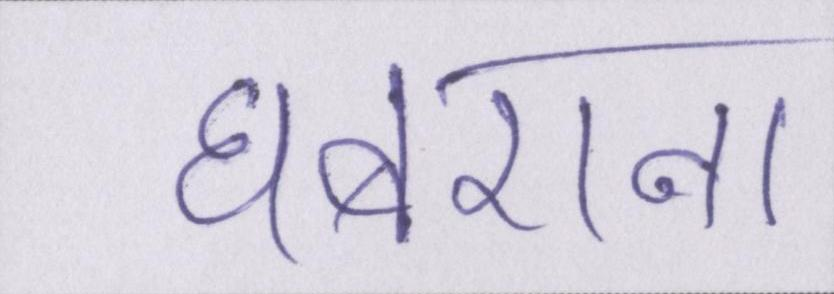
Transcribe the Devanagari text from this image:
घबराना